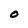
Character: O